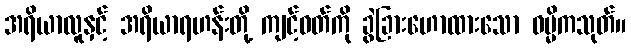
အရိယာလူနှင့် အရိယာရဟန်းတို့ ကျင့်ဝတ်ကို ခွဲခြားဟောထားသော ဓမ္မိကသုတ်။